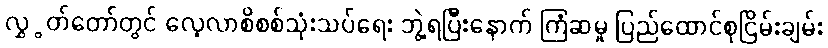
လွှွတ်တော်တွင် လေ့လာစိစစ်သုံးသပ်ရေး ဘွဲ့ရပြီးနောက် ကြံဆမှု ပြည်ထောင်စုငြိမ်းချမ်း